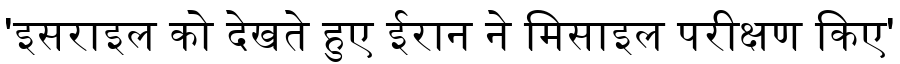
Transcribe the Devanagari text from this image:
'इसराइल को देखते हुए ईरान ने मिसाइल परीक्षण किए'